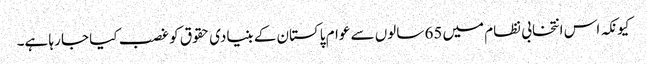
کیونکہ اس انتخابی نظام میں 65 سالوں سے عوام پاکستان کے بنیادی حقوق کو غصب کیا جا رہا ہے۔